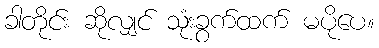
ခါတိုင်း ဆိုလျှင် သုံးခွက်ထက် မပိုပေ။